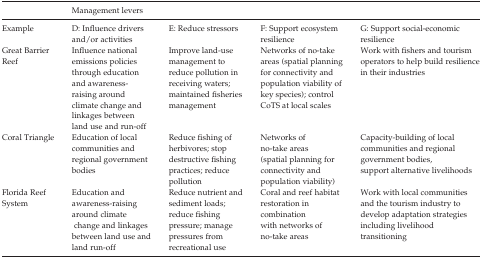
|  | <COLSPAN=4> Management levers |
 | --- | --- | --- | --- | --- |
 | Example | D: Influence drivers and/or activities | E: Reduce stressors | F: Support ecosystem resilience | G: Support social-economic resilience |
 | Great Barrier Reef | Influence national emissions policies through education and awareness-raising around climate change and linkages between land use and run-off | Improve land-use management to reduce pollution in receiving waters; maintained fisheries management | Networks of no-take areas (spatial planning for connectivity and population viability of key species); control CoTS at local scales | Work with fishers and tourism operators to help build resilience in their industries |
 | Coral Triangle | Education of local communities andregional government bodies | Reduce fishing of herbivores; stop destructive fishing practices; reduce pollution | Networks of no-take areas (spatial planning for connectivity and population viability) | Capacity-building of local communities and regional government bodies, support alternative livelihoods |
 | Florida Reef System | Education and awareness-raising around climate change and linkages between land use and land run-off | Reduce nutrient and sediment loads; reduce fishing pressure; manage pressures from recreational use | Coral and reef habitat restoration in combination with networks of no-take areas | Work with local communities and the tourism industry to develop adaptation strategies including livelihood transitioning |